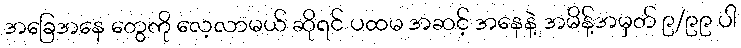
အခြေအနေ တွေကို လေ့လာမယ် ဆိုရင် ပထမ အဆင့် အနေနဲ့ အမိန့်အမှတ် ၉/၉၉ ပါ